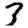
Digit: 3